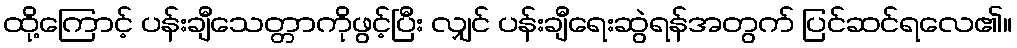
ထို့ကြောင့် ပန်းချီသေတ္တာကိုဖွင့်ပြီး လျှင် ပန်းချီရေးဆွဲရန်အတွက် ပြင်ဆင်ရလေ၏။